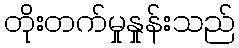
တိုးတက်မှုနှုန်းသည်